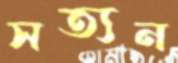
সত্যন